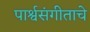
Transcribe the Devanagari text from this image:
पार्श्वसंगीताचे